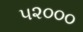
૫૨૦૦૦